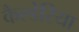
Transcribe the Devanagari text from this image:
कैल्डेरिया